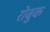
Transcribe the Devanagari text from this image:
रोबुक